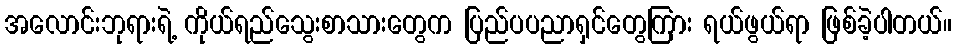
အလောင်းဘုရားရဲ့ ကိုယ်ရည်သွေးစာသားတွေက ပြည်ပပညာရှင်တွေကြား ရယ်ဖွယ်ရာ ဖြစ်ခဲ့ပါတယ်။